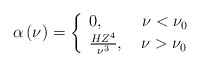
\begin{align*}\alpha \left(\nu \right) = \left\{ {{\begin{array}{*{20}c} {0,\quad\quad~\nu < \nu _0 } \hfill \\ {\frac{HZ^4}{\nu ^3},\quad\nu > \nu _0 } \hfill \\\end{array} }} \right .\end{align*}